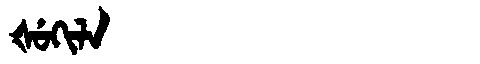
Manchu: ᡧᡠᡴᡳᠯᠠ
Romanization: ŠUKILA